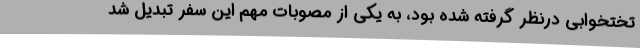
تختخوابی درنظر گرفته شده بود، به یکی از مصوبات مهم این سفر تبدیل شد